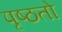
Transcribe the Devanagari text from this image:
पृष्ठतो